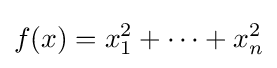
f(x)=x_{1}^{2}+\cdots +x_{n}^{2}